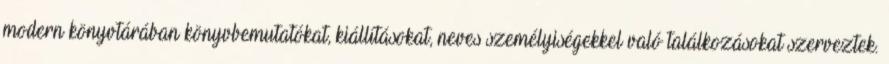
modern könyvtárában könyvbemutatókat, kiállításokat, neves személyiségekkel való találkozásokat szerveztek.